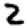
Digit: 2